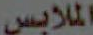
الملابس